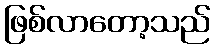
ဖြစ်လာတော့သည်